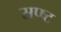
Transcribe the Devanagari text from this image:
सप्ष्ट